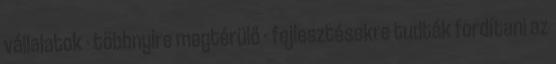
vállalatok - többnyire megtérülő - fejlesztésekre tudták fordítani az